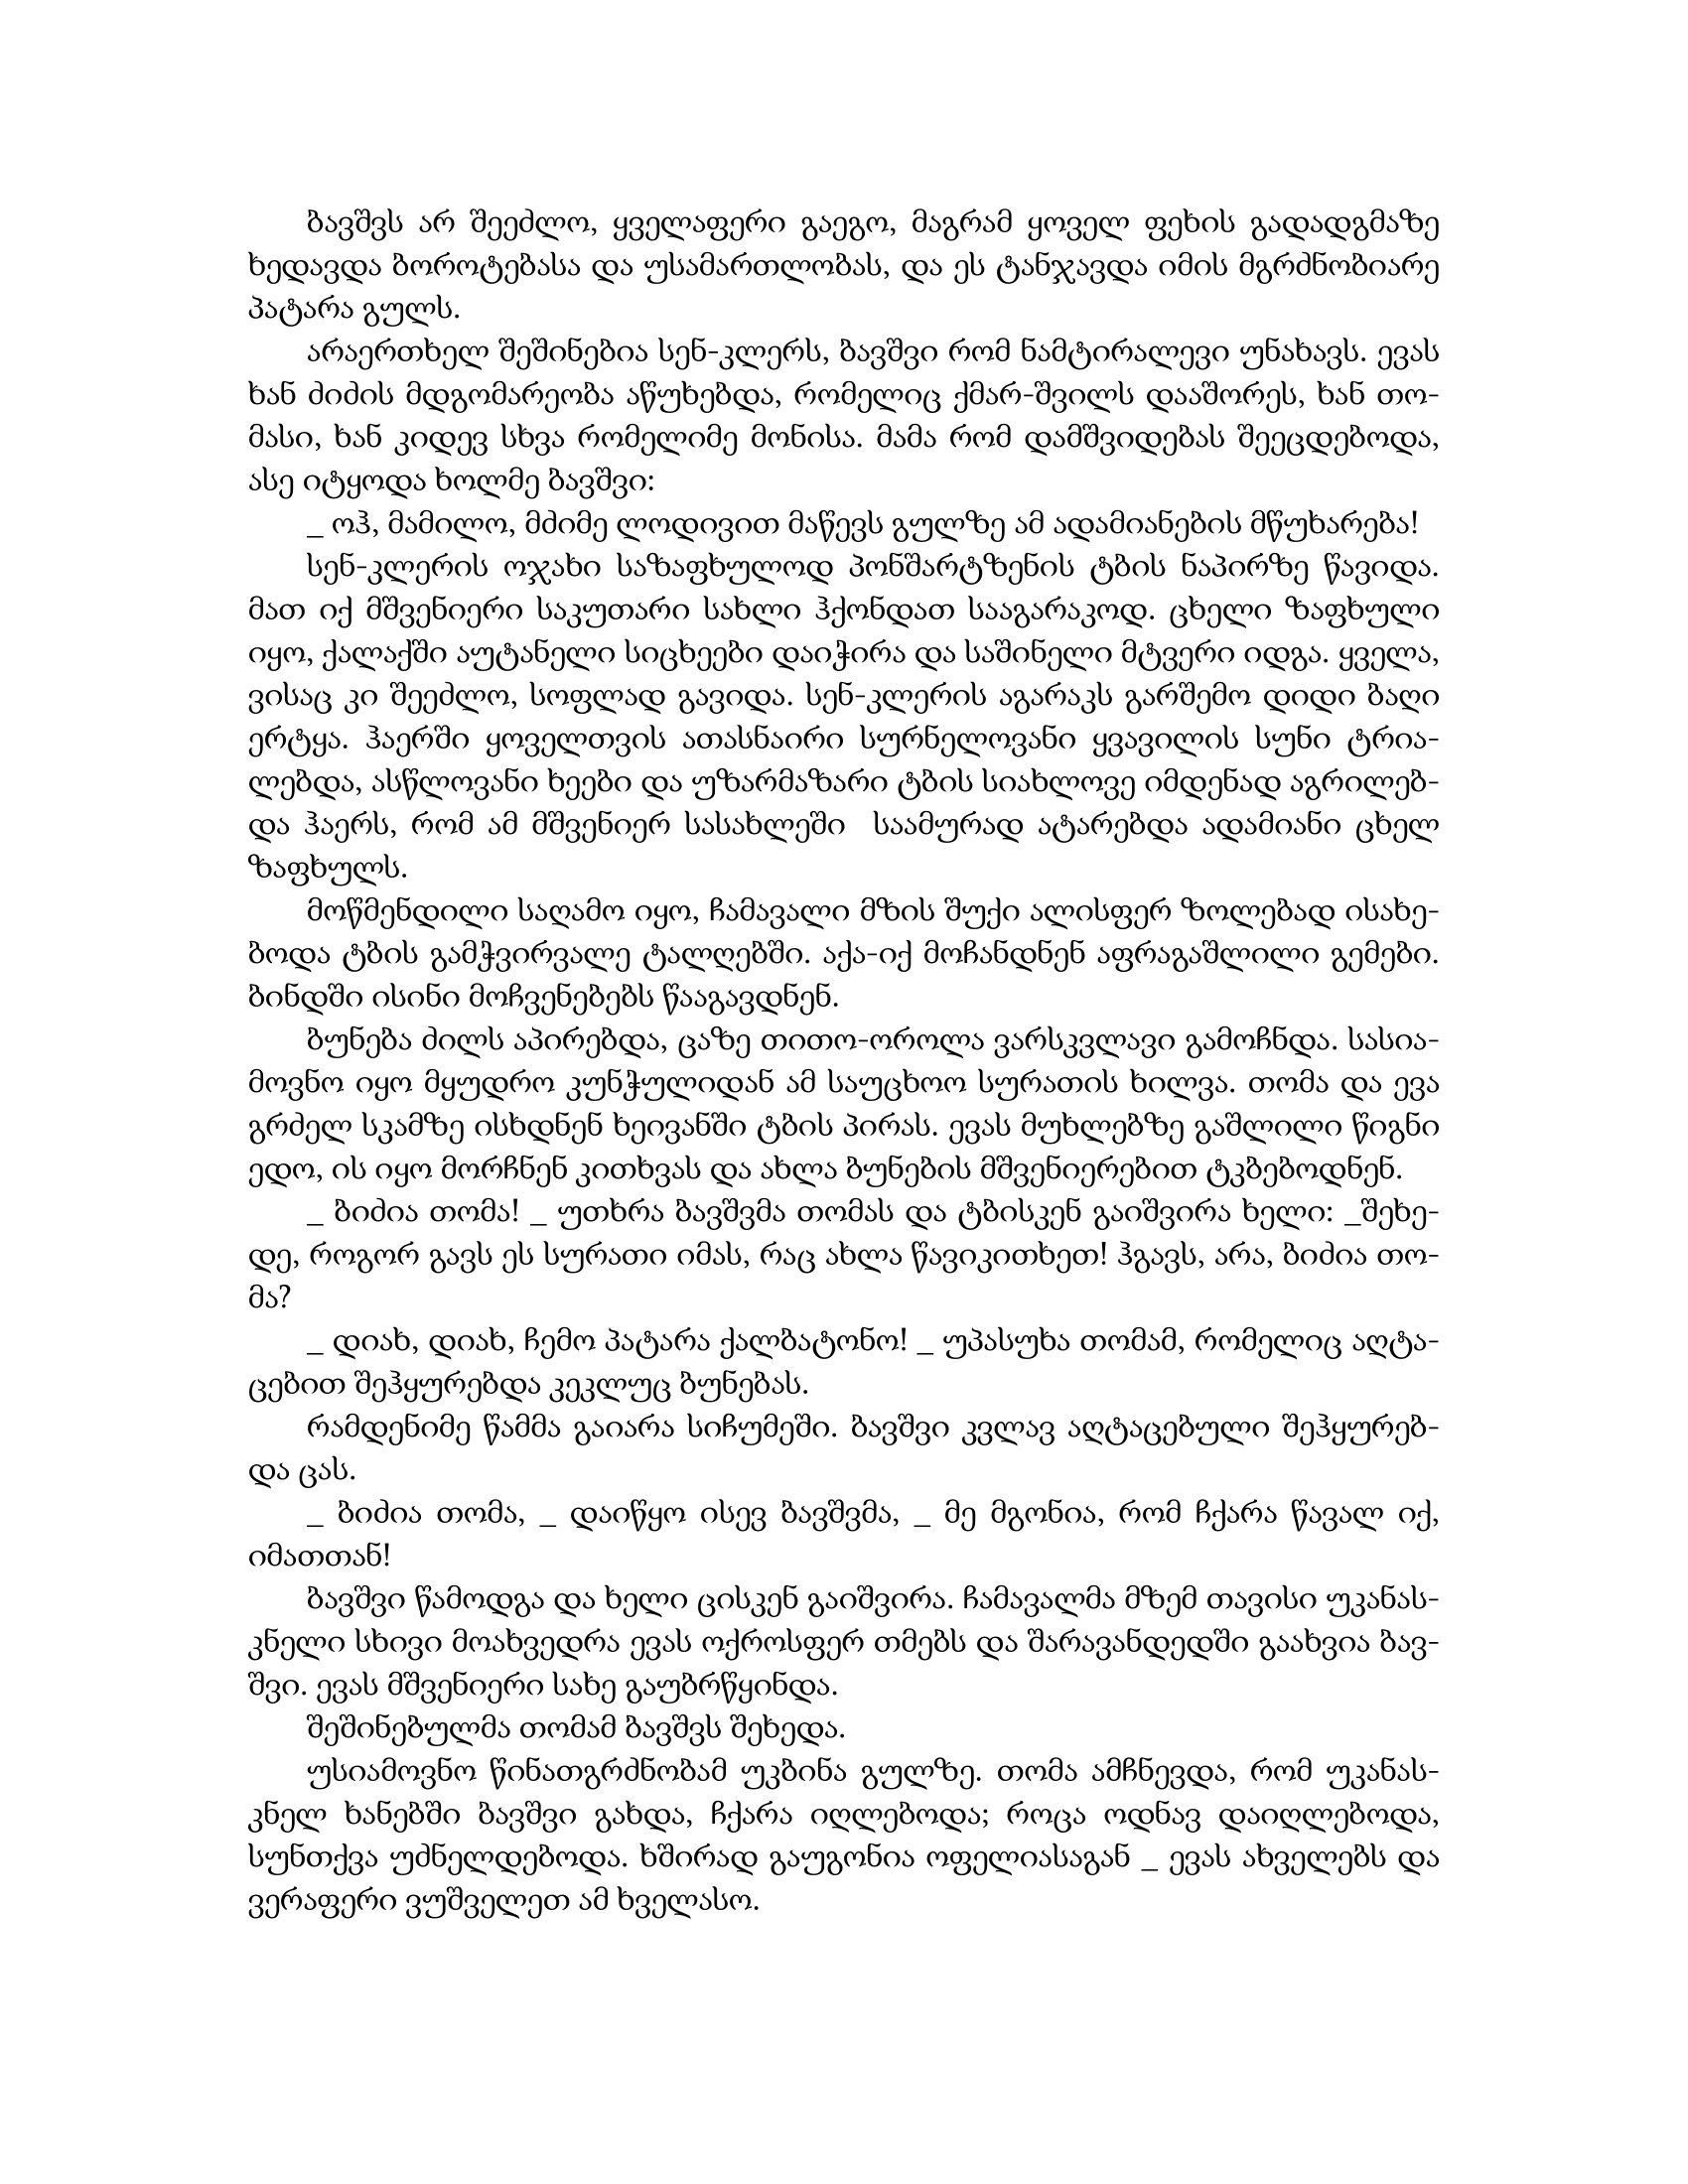
Language: gr